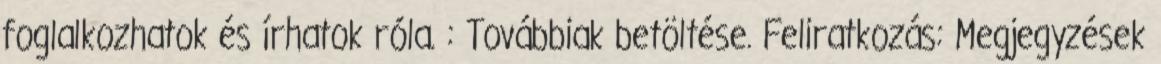
foglalkozhatok és írhatok róla. : Továbbiak betöltése. Feliratkozás: Megjegyzések